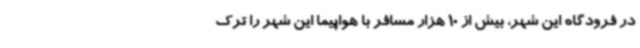
در فرودگاه این شهر، بیش از 10 هزار مسافر با هواپیما این شهر را ترک